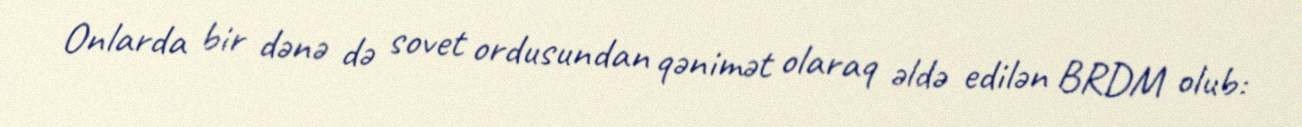
Onlarda bir dənə də sovet ordusundan qənimət olaraq əldə edilən BRDM olub: